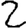
Digit: 2